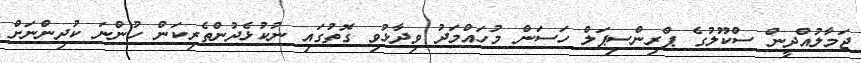
ޖަމާލުއްދީން ސްކޫލުގެ ޕްރިންސިޕަލް ހަސަން މުހައްމަދު ވިދާޅުވި ގޮތުގައި ނުކުޅެދުންތެރިކަން ހުންނަ ކުދިންނަށް